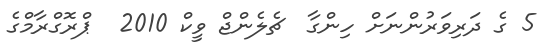
5 ގެ ދަރިވަރުންނަށް ހިންގާ  ޗެލެންޖް ވީކް 2010  ޕްރޮގްރާމްގެ